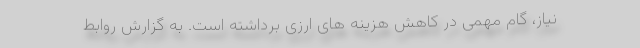
نیاز، گام مهمی در کاهش هزینه های ارزی برداشته است. به گزارش روابط